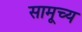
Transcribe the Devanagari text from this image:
सामूच्य